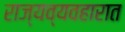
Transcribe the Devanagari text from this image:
राज्यव्यवहारात